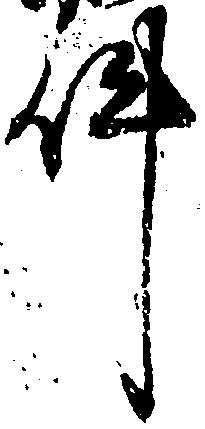
件